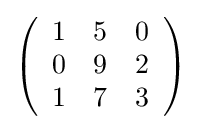
\left({\begin{array}{ccc}1&5&0\\0&9&2\\1&7&3\end{array}}\right)